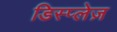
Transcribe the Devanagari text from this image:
डिस्प्लेज़